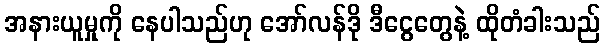
အနားယူမှုကို နေပါသည်ဟု အော်လန်ဒို ဒီငွေတွေနဲ့ ထိုတံခါးသည်